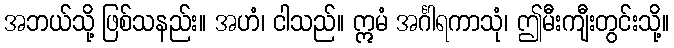
အဘယ်သို့ ဖြစ်သနည်း။ အဟံ၊ ငါသည်။ ဣမံ အင်္ဂါရကာသုံ၊ ဤမီးကျီးတွင်းသို့။